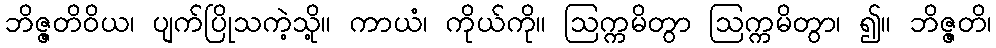
ဘိဇ္ဇတိဝိယ၊ ပျက်ပြိုသကဲ့သို့။ ကာယံ၊ ကိုယ်ကို။ ဩက္ကမိတွာ ဩက္ကမိတွာ၊ ၍။ ဘိဇ္ဇတိ၊